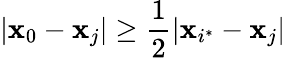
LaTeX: |\mathbf{x}_{0}-\mathbf{x}_{j}|\geq\frac{1}{2}|\mathbf{x}_{i^{\ast}}-\mathbf{x}_{j}|